Rangoon Lunatic Asylum 1893-1897 - 1893-1897
Year: 1893
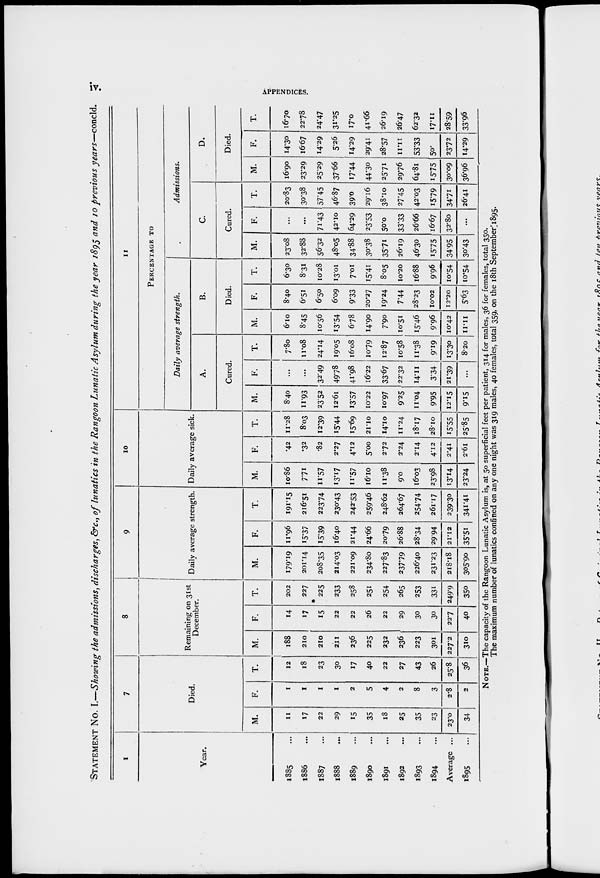
iv. APPENDICES.
STATEMENT No. I.—Showing the admissions, discharges, &c., of lunatics in the Rangoon Lunatic Asylum during the year 1895 and 10 previous years—concld.
1
Year.
1885 ...
1886 ...
1887 ...
1888 ...
1889 ...
1890 ...
1891 ...
1892 ...
1893 ...
1894 ...
Average ...
1895 ...
7
Died.
M.
11
17
22
29
15
35
18
25
35
23
23.0
34
F.
1
1
1
1
2
5
4
2
8
3
2.8
2
T.
12
18
23
30
17
40
22
27
43
26
25.8
36
8
Remaining on 31st
December.
M.
188
210
210
211
236
225
232
236
223
301
227.2
310
F.
14
17
15
22
22
26
22
29
30
30
22.7
40
T.
202
227
225
233
258
251
254
265
253
331
249.9
350
9
Daily average strength.
M.
179.19
201.14
208.35
214.03
221.09
234.80
227.83
237.79
226.40
231.23
218.18
305.90
F.
11.96
15.37
15.39
16.40
21.44
24.66
20.79
26.88
28.34
29.94
21.12
35.51
T.
191.15
216.51
223.74
230.43
242.53
259.46
248.62
264.67
254.74
261.17
239.30
341.41
10
Daily average sick.
M.
10.86
7.71
11.57
13.17
11.57
16.10
11.38
9.0
16.03
23.98
13.14
23.24
F.
.42
.32
.82
2.27
4.12
5.00
2.72
2.24
2.14
4.12
2.41
2.61
T.
11.28
8.03
12.39
15.44
15.69
21.10
14.10
11.24
18.17
28.10
15.55
25.85
11
PERCENTAGE TO
Daily average strength.
A.
Cured.
M.
8.40
11.93
23.52
12.61
13.57
10.22
10.97
9.25
11.04
9.95
12.15
9.15
F.
...
...
32.49
49.78
41.98
16.22
33.67
22.32
14.11
3.34
21.39
...
T.
7.80
11.08
24.14
19.05
16.08
10.79
12.87
10.58
11.38
9.19
13.30
8.20
B.
Died.
M.
6.10
8.45
10.56
13.54
6.78
14.90
7.90
10.51
15.46
9.96
10.42
11.11
F.
8.40
6.51
6.50
6.09
9.33
20.27
19.24
7.44
28.23
10.02
12.20
5.63
T.
6.30
8.31
10.28
13.01
7.01
15.41
8.05
10.20
16.88
9.6
10.54
10.54
Admissions.
C.
Cured.
M.
23.08
32.88
56.32
48.05
34.88
30.38
35.71
26.19
46.30
15.75
34.95
30.43
F.
...
...
71.43
42.10
64.29
23.53
50.0
33.33
26.66
16.67
32.80
...
T.
20.83
30.38
57.45
46.87
39.0
29.16
38.10
27.45
42.03
15.79
34.71
26.41
D.
Died.
M.
16.90
23.29
25.29
37.66
17.44
44.30
25.71
29.76
64.81
15.75
30.09
36.96
F.
14.30
16.67
14.29
5.26
14.29
29.41
28.57
11.11
53.33
50.
23.72
14.29
T.
16.70
22.78
24.47
31.25
17.0
41.66
26.19
26.47
62.32
17.11
28.59
33.96
NOTE.—The capacity of the Rangoon Lunatic Asylum is, at 50 superficial feet per patient, 314 for males, 36 for females, total 350.
The maximum number of lunatics confined on any one night was 319 males, 40 females, total 359, on the 18th September 1895.